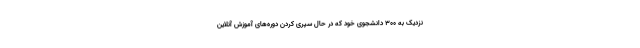
نزدیک به ۳۰۰ دانشجوی خود که در حال سپری کردن دوره‌های آموزش آنلاین